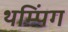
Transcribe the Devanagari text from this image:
थम्पिंग